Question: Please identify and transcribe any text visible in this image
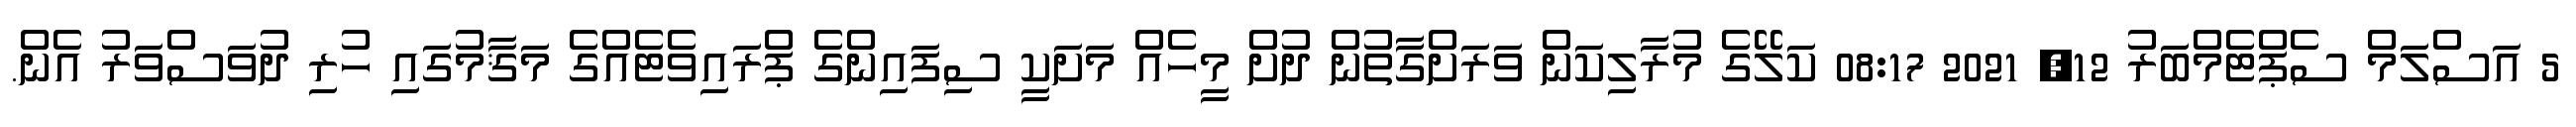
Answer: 5 އަސްލަމް ސެޕްޓެމްބަރު 12, 2021 08:17 ކަލޭގެ މުރާލިކަން ވަރަށްގާތުން ދުށް މީހެއް މަށަކީ ސިފައިންގެ ޕްރައިވެޓެއްގެ މަޤާމުގައި ހުރި ދުވަސްވަރު އެން.